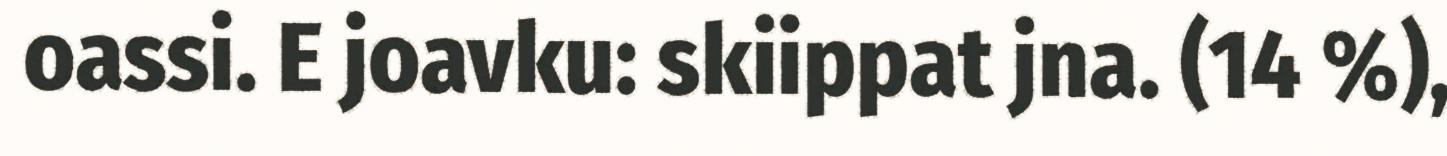
oassi. E joavku: skiippat jna. (14 %),